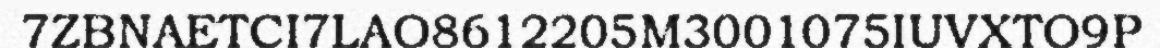
7ZBNAETCI7LAO8612205M3001075IUVXTO9P